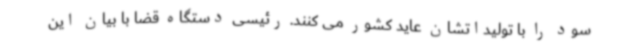
سود را با تولیداتشان عاید کشور می کنند. رئیسی دستگاه قضا با بیان این